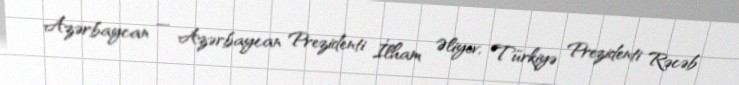
Azərbaycan — Azərbaycan Prezidenti İlham Əliyev, Türkiyə Prezidenti Rəcəb